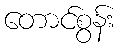
တောင်စွန်း